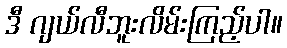
ဒီ ဂျယ်လီဘူးလိမ်းကြည့်ပါ။